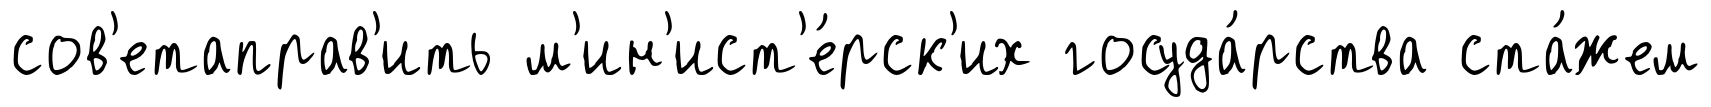
сов'етаправ'ить м'ин'ист'е́рск'их госуда́рства ста́жем